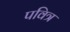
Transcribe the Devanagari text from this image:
पवित्र